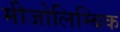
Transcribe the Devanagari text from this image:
मीजोलिम्बिक